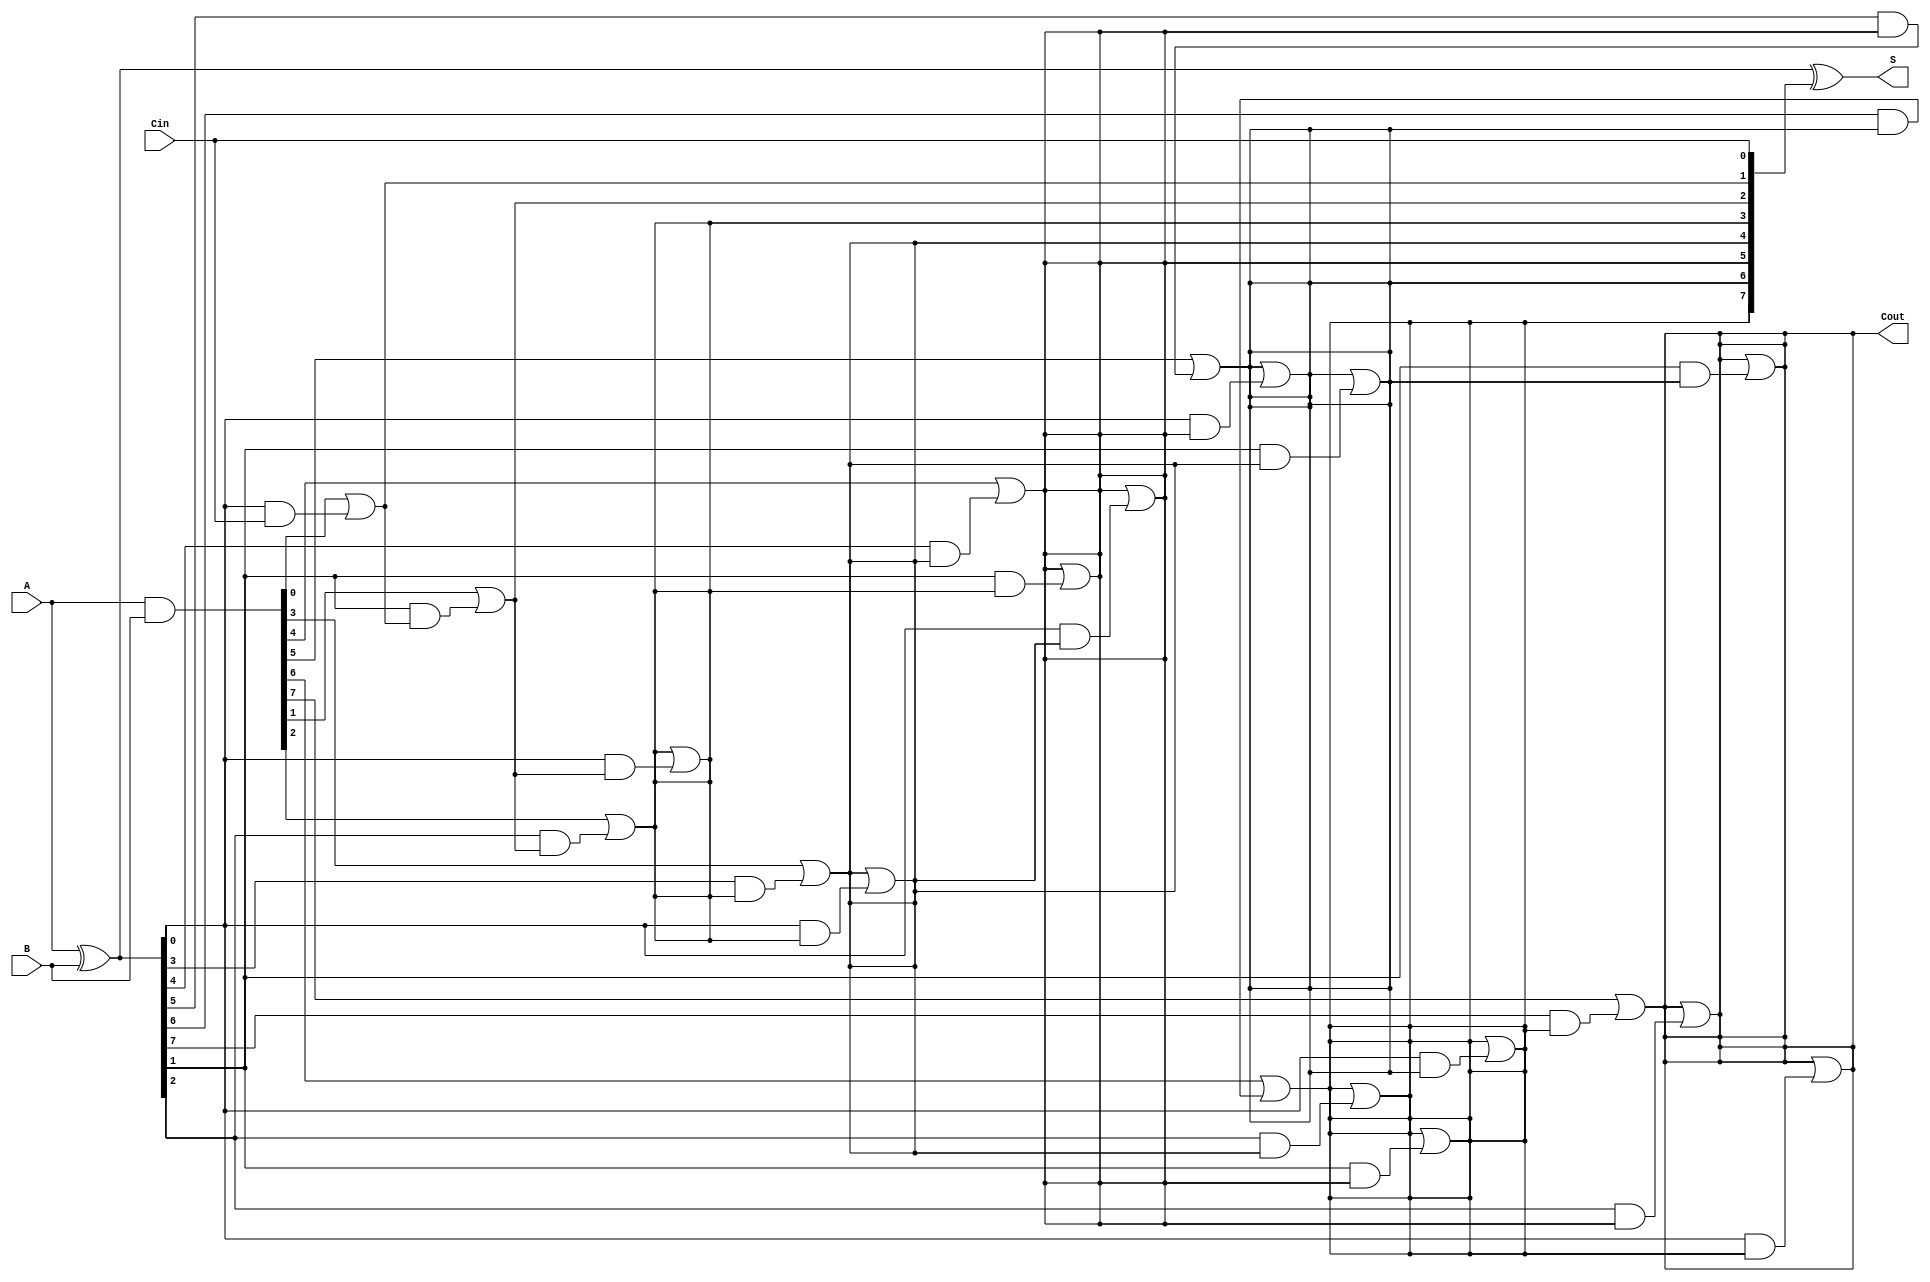
module brent_kung_adder #(parameter N = 8) (
    input  [N-1:0] A,    // First operand
    input  [N-1:0] B,    // Second operand
    input          Cin,   // Carry-in
    output [N-1:0] S,    // Sum output
    output         Cout    // Carry-out
);
    wire [N-1:0] G; // Generate
    wire [N-1:0] P; // Propagate
    wire [N-1:0] C; // Carry

    // Generate and Propagate signals
    assign G = A & B;
    assign P = A ^ B;

    // Stage 0: Initial carry
    assign C[0] = G[0] | (P[0] & Cin);

    // Carry computation for the subsequent stages
    genvar i, j;
    generate
        // Carry computation stages
        for (i = 1; i < N; i = i + 1) begin: carry_gen
            assign C[i] = G[i] | (P[i] & C[i-1]);
        end

        // Carry propagation for Brent-Kung adder (log2(N) levels)
        for (i = 1; i < N; i = i + 1) begin: prefix_tree
            for (j = 0; j < i; j = j + 1) begin: level
                if (j < i/2) begin
                    assign C[i] = C[i] | (P[j] & C[i-j-1]);
                end
            end
        end
    endgenerate

    // Sum computation
    assign S = P ^ {C[N-2:0], Cin}; // Final carry-in is considered for the last sum

    // Final carry-out
    assign Cout = C[N-1];

endmodule